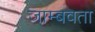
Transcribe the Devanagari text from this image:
जाम्बवता